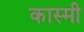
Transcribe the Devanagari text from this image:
कास्‍मी